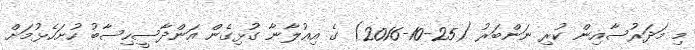
މި މަދަރުސާއިން ކުރި ނަންބަރު (25-10-2016) ގެ އިޢުލާނާ ގުޅިގެން އަންދާސީހިސާބު ހުށަހެޅުމަށް